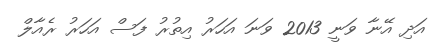
އަދި އޭނާ ވަނީ 2013 ވަނަ އަހަރު އިތުރު ފަސް އަހަރު ރެއާލް